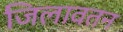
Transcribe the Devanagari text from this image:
जिलावतन